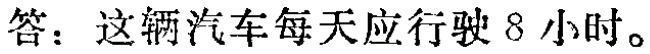
答：这辆汽车每天应行驶8小时。